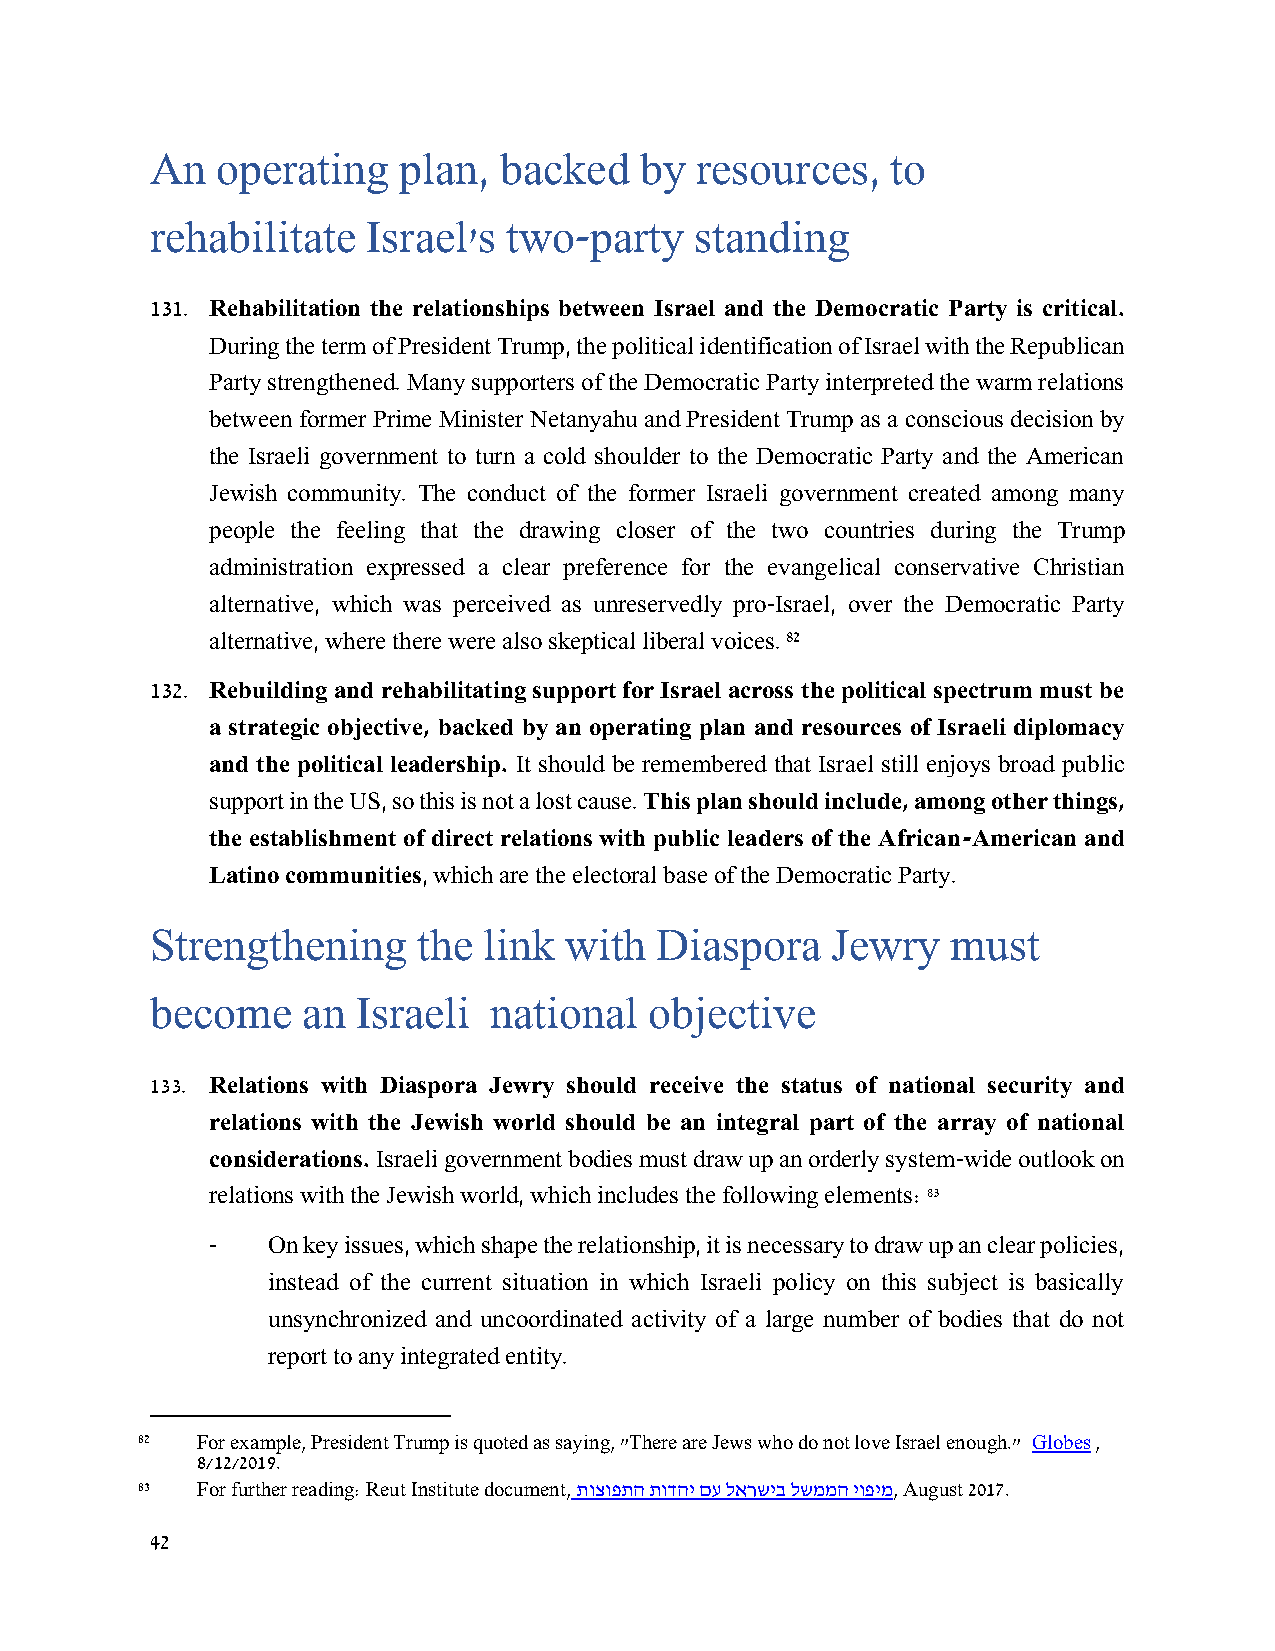
An  operating   plan,  backed   by  resources,   to
 rehabilitate  Israel's  two-party   standing
 131. Rehabilitation the relationships between Israel and the Democratic Party is critical.
 During the term of President Trump, the political identification of Israel with the Republican
 Party strengthened. Many supporters of the Democratic Party interpreted the warm relations
 between former Prime Minister Netanyahu and President Trump as a conscious decision by
 the Israeli government to turn a cold shoulder to the Democratic Party and the American
 Jewish community. The conduct of the former Israeli government created among many
 people the feeling that the drawing closer of the two countries during the Trump
 administration expressed a clear preference for the evangelical conservative Christian
 alternative, which was perceived as unreservedly pro-Israel, over the Democratic Party
 alternative, where there were also skeptical liberal voices. 82
 132. Rebuilding and rehabilitating support for Israel across the political spectrum must be
 a strategic objective, backed by an operating plan and resources of Israeli diplomacy
 and the political leadership. It should be remembered that Israel still enjoys broad public
 support in the US, so this is not a lost cause. This plan should include, among other things,
 the establishment of direct relations with public leaders of the African-American and
 Latino communities, which are the electoral base of the Democratic Party.
 Strengthening     the link with  Diaspora    Jewry   must
 become    an  Israeli  national  objective
 133. Relations with Diaspora Jewry should receive the status of national security and
 relations with the Jewish world should be an integral part of the array of national
 considerations. Israeli government bodies must draw up an orderly system-wide outlook on
 relations with the Jewish world, which includes the following elements: 83
 -   On key issues, which shape the relationship, it is necessary to draw up an clear policies,
 instead of the current situation in which Israeli policy on this subject is basically
 unsynchronized and uncoordinated activity of a large number of bodies that do not
 report to any integrated entity.
 82  For example, President Trump is quoted as saying, "There are Jews who do not love Israel enough." Globes ,
 8/12/2019.
 83  For further reading: Reut Institute document, תוצופתה תודהי םע לארשיב לשממה יופימ, August 2017.
 42